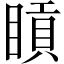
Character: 𥈿